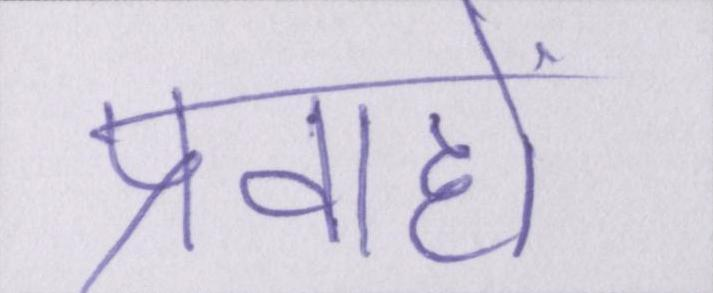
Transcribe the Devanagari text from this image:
प्रवाहों